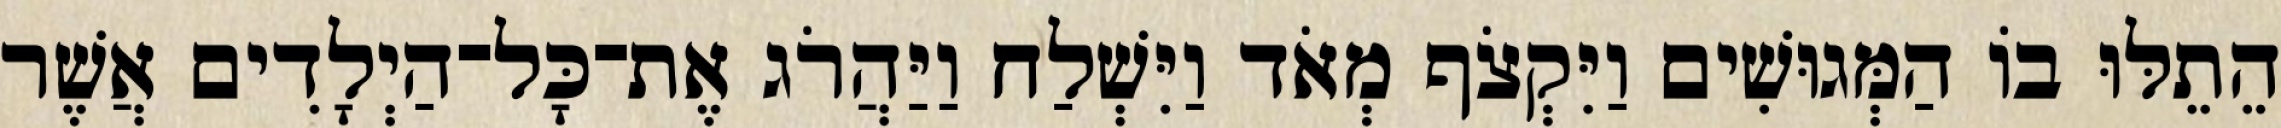
הֵתֵלּוּ בוֹ הַמְּגוּשִׁים וַיִּקְצֹף מְאֹד וַיִּשְׁלַח וַיַּהֲרֹג אֶת־כָּל־הַיְלָדִים אֲשֶׁר